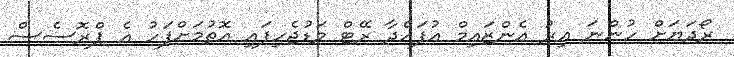
ރޯދަޔަށް ހުންނަ އިރު އެންޒައިމް އުފައްދާ ރޭޓް މަޑުޖެހިފައި އޮތުމަށްފަހު އެ ޕްރޮސެސް